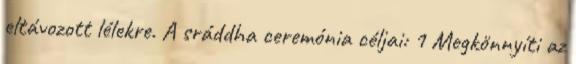
eltávozott lélekre. A sráddha ceremónia céljai: 1 Megkönnyíti az